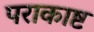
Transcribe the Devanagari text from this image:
पराकाष्ट